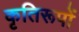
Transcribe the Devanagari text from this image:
कृतिरूपों